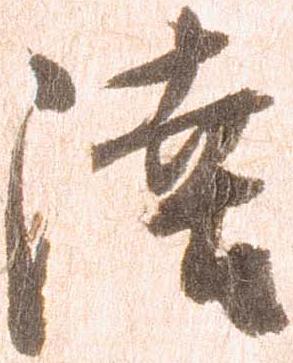
陸